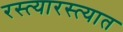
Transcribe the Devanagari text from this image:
रस्त्यारस्त्यात